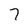
Character: 7